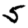
Digit: 5